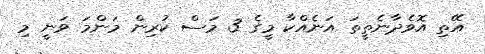
އޭތި އޮވެދާނެތީތަ އަނެއްކާ މީގެ 3 މަސް ކުރިން މަންމަ ވަނީ މި